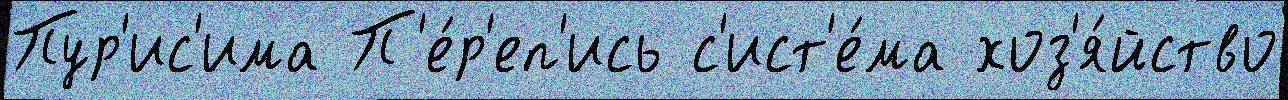
Пур'ис'има П'е́р'еп'ись с'ист'е́ма хоз'я́йство